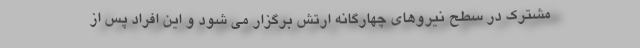
مشترک در سطح نیروهای چهارگانه ارتش برگزار می شود و این افراد پس از